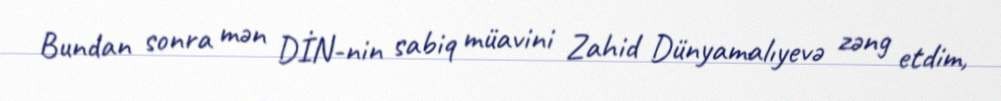
Bundan sonra mən DİN-nin sabiq müavini Zahid Dünyamalıyevə zəng etdim,